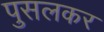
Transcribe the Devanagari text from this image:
पुसलकर